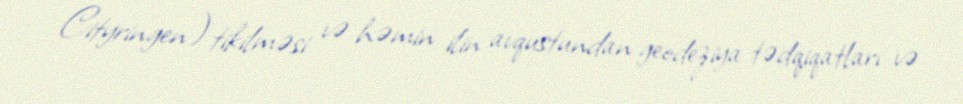
Cityringen) tikilməsi və həmin ilin avqustundan geodeziya tədqiqatları və